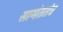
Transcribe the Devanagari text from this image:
सामंततंत्र